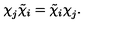
\chi _ { j } ^ { } \tilde { \chi } _ { i } = \tilde { \chi } _ { i } \chi _ { j } ^ { } .